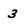
Character: 3